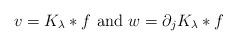
LaTeX: \begin{align*} v=K_\lambda\ast f \hbox{ and } w=\partial_j K_\lambda\ast f\end{align*}